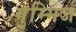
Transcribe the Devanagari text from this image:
गुम्मिज